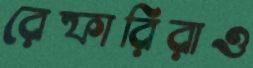
রেফারিরাও